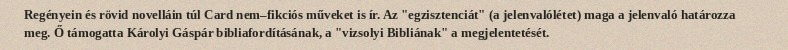
Regényein és rövid novelláin túl Card nem–fikciós műveket is ír. Az "egzisztenciát" (a jelenvalólétet) maga a jelenvaló határozza meg. Ő támogatta Károlyi Gáspár bibliafordításának, a "vizsolyi Bibliának" a megjelentetését.